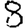
Digit: 8